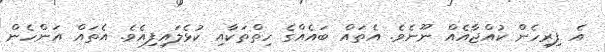
އެ ފިރިހެން ކުއްޖާއެއް ނޫނެވެ. އެތައް ބައެއްގެ ހިތްތަކާއި ކުޅެލައިފިއެވެ. އެތައް އަންހެން